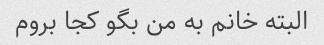
البته خانم به من بگو کجا بروم